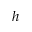
h